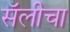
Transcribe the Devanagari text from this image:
सॅलीचा